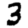
Digit: 3